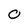
Character: 0